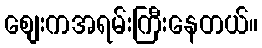
စျေးကအရမ်းကြီးနေတယ်။